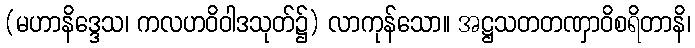
(မဟာနိဒ္ဒေသ၊ ကလဟဝိဝါဒသုတ်၌) လာကုန်သော။ အဋ္ဌသတတဏှာဝိစရိတာနိ၊